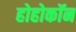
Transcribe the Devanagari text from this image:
होहोकॉन